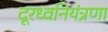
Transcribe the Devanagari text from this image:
दूरध्वनियंत्रणा